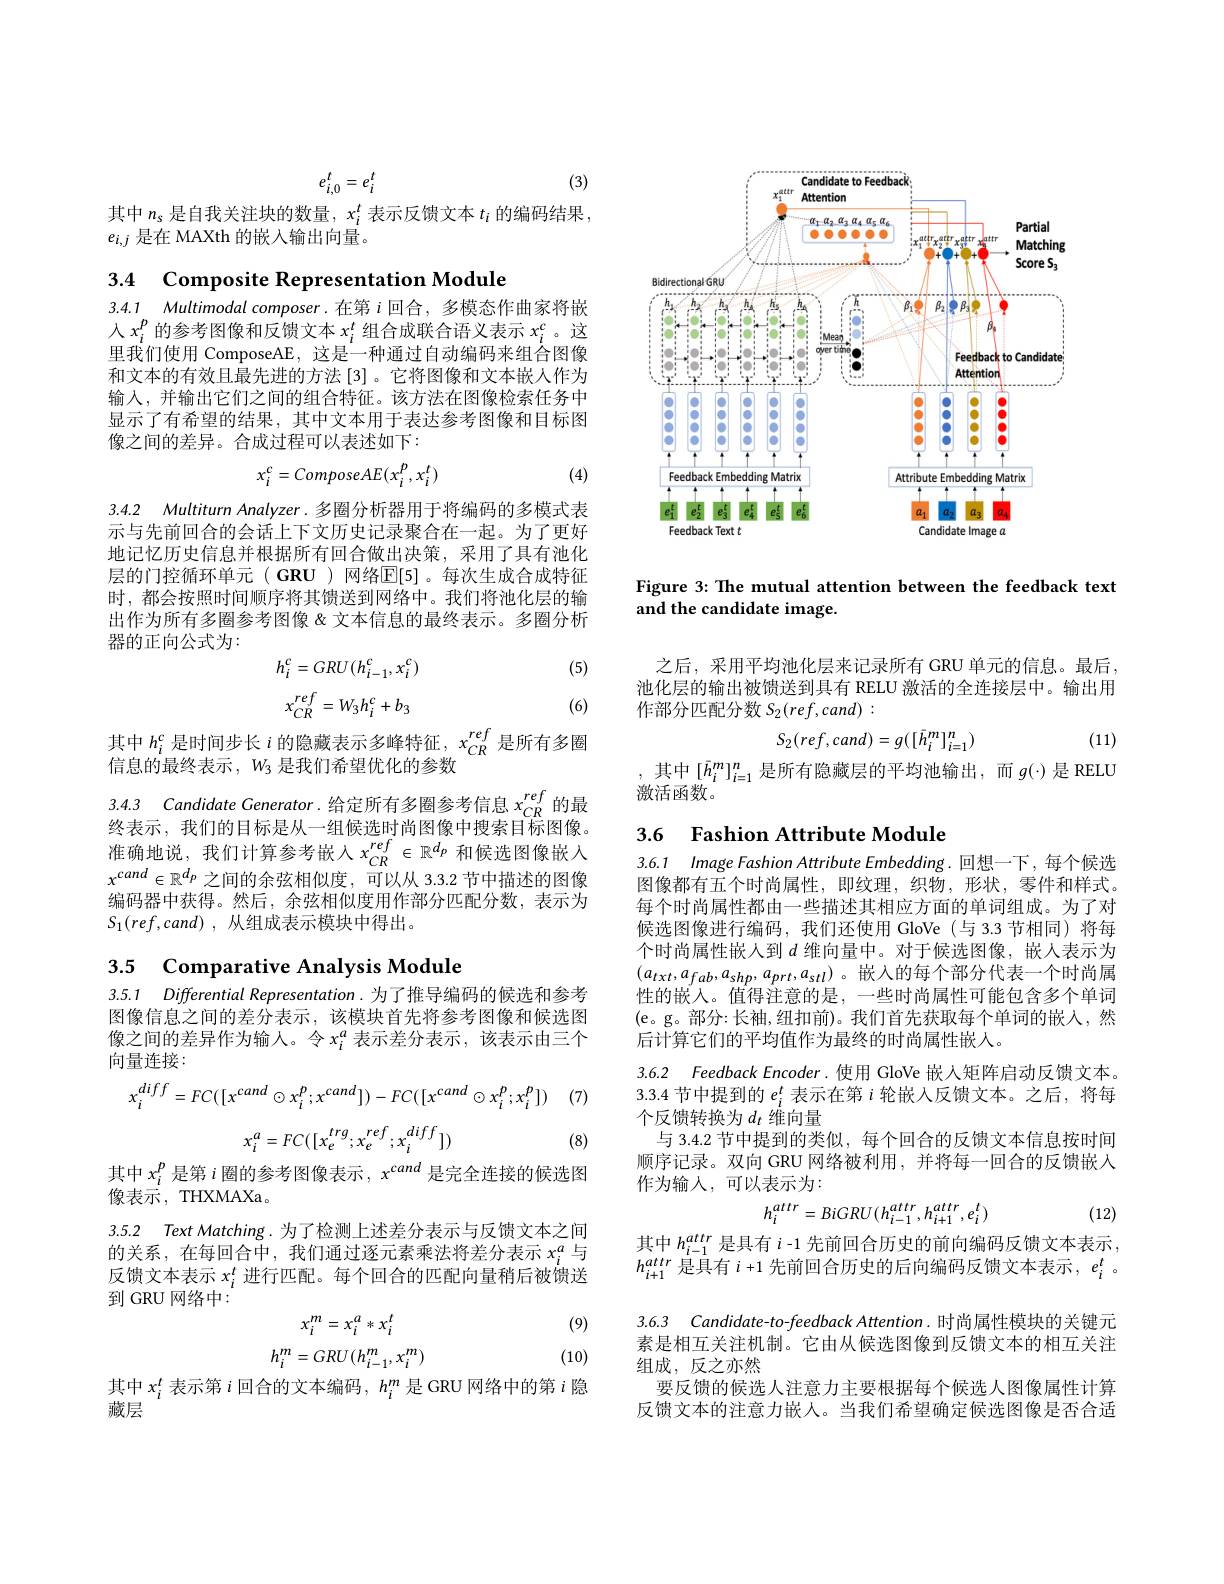
(3)
$$e_{i,0}^t=e_i^t$$
其中$n_s$是自我关注块的数量，$x_i^t$表示反馈文本$t_i$的编码结果，
$e_{i,j}$是在 MAXth 的嵌入输出向量。

3.4 Composite Representation Module

3.4.1 Multimodal composer.在第$i$回合，多模态作曲家将嵌人$x_i^p$的参考图像和反馈文本$x_i^t$组合成联合语义表示$x_i^c$ 。这里我们使用 ComposeAE, 这是一种通过自动编码来组合图像和文本的有效且最先进的方法 [3] 。它将图像和文本嵌人作为输入，并输出它们之间的组合特征。该方法在图像检索任务中显示了有希望的结果，其中文本用于表达参考图像和目标图像之间的差异。合成过程可以表述如下：
$$x_i^c=ComposeAE(x_i^p,x_i^t)$$
(4)

3.4.2 Multiturn Analyzer. 多圈分析器用于将编码的多模式表

示与先前回合的会话上下文历史记录聚合在一起。为了更好地记忆历史信息并根据所有回合做出决策，采用了具有池化层的门控循环单元(GRU)网络$\overline{\mathbb{E}}[5]$。每次生成合成特征时，都会按照时间顺序将其馈送到网络中。我们将池化层的输出作为所有多圈参考图像 &文本信息的最终表示。多圈分析器的正向公式为：
$$h_{i}^{c}=GRU(h_{i-1}^{c},x_{i}^{c})\\x_{CR}^{ref}=W_{3}h_{i}^{c}+b_{3}$$
(5)

(6)

其中$h_i^c$是时间步长$i$的隐藏表示多峰特征，$x_{CR}^{ref}$是所有多圈
信息的最终表示$,W_3$是我们希望优化的参数

3.4.3 Candidate Generator. 给定所有多圈参考信息$x_{CR}^{ref}$的最

终表示，我们的目标是从一组候选时尚图像中搜索目标图像。准确地说，我们计算参考嵌入$x_CR^{ref}\in\mathbb{R}^{d_p}$和候选图像嵌入$x^{cand}\in\mathbb{R}^{d_p}$之间的余弦相似度，可以从 3.3.2 节中描述的图像编码器中获得。然后，余弦相似度用作部分匹配分数，表示为$S_1( ref, cand)$ ,从组成表示模块中得出。

## 3.5 Comparative Analysis Module

3.5.1 Differential Representation.为了推导编码的候选和参考图像信息之间的差分表示，该模块首先将参考图像和候选图像之间的差异作为输人。令$x_i^a$表示差分表示，该表示由三个向量连接：
$$x_{i}^{diff}=FC([x^{cand}\odot x_{i}^{p};x^{cand}])-FC([x^{cand}\odot x_{i}^{p};x_{i}^{p}])$$
(7)
$$x_{i}^{a}=FC([x_{e}^{trg};x_{e}^{ref};x_{i}^{diff}])$$
(8)

其中$x_i^p$是第$i$圈的参考图像表示$,x^{cand}$是完全连接的候选图
像表示，THXMAXa .

3.5.2 Text Matching. 为了检测上述差分表示与反馈文本之间

的关系，在每回合中，我们通过逐元素乘法将差分表示$x_i^a$与反馈文本表示$x_i^t$进行匹配。每个回合的匹配向量稍后被馈送到 GRU 网络中：
$$x_{i}^{m}=x_{i}^{a}*x_{i}^{t}$$
(9)
$$h_i^m=GRU(h_{i-1}^m,x_i^m)$$
(10)

其中$x_i^t$表示第$i$回合的文本编码，$h_i^m$是 GRU 网络中的第$i$隐
藏层

<FigureHere>

Figure 3: The mutual attention between the feedback text
and the candidate image.

之后，采用平均池化层来记录所有 GRU 单元的信息。最后池化层的输出被馈送到具有 RELU 激活的全连接层中。输出用作部分匹配分数$S_2(ref,cand):$
$$S_2(ref,cand)=g([\bar{h}_i^m]_{i=1}^n)$$
(11)

其中$[\bar{h}_i^m]_{i=1}^n$是所有隐藏层的平均池输出，而$g(\cdot)$是 RELU
激活函数。

## 3.6 Fashion Attribute Module

3.6.1 Image Fashion Attribute Embedding. 回想一下，每个候选图像都有五个时尚属性，即纹理，织物，形状，零件和样式。每个时尚属性都由一些描述其相应方面的单词组成。为了对候选图像进行编码，我们还使用 GloVe(与 3.3 节相同) 将每个时尚属性嵌人到$d$维向量中。对于候选图像，嵌入表示为$(a_{txt},a_{fab},a_{shp},a_{prt},a_{stl})$。嵌入的每个部分代表一个时尚属性的嵌入。值得注意的是，一些时尚属性可能包含多个单词(e。g。部分：长袖，纽扣前)。我们首先获取每个单词的嵌入，然后计算它们的平均值作为最终的时尚属性嵌人。

3.6.2 Feedback Encoder.使用 GloVe 嵌人矩阵启动反馈文本。3.3.4节中提到的$e_i^t$表示在第$i$轮嵌入反馈文本。之后，将每个反馈转换为$d_t$ 维向量
与 3.4.2 节中提到的类似，每个回合的反馈文本信息按时间顺序记录。双向 GRU 网络被利用，并将每一回合的反馈嵌入作为输人，可以表示为：
$$h_i^{attr}=BiGRU(h_{i-1}^{attr},h_{i+1}^{attr},e_i^t)$$
(12)

其 中 $h_{i- 1}^{attr}$ 是 具 有 $i$ - 1 先 前 回 合 历 史 的 前 向 编 码 反 馈 文 本 表 示 , $h_{i+ 1}^{attr}$ 是 具 有 $i+ 1$ 先 前 回 合 历 史 的 后 向 编 码 反 馈 文 本 表 示 , $e_{i}^{t}$ 。

3.6.3 Candidate-to-feedback Attention. 时尚属性模块的关键元

素是相互关注机制。它由从候选图像到反馈文本的相互关注
组成，反之亦然
要反馈的候选人注意力主要根据每个候选人图像属性计算反馈文本的注意力嵌人。当我们希望确定候选图像是否合适